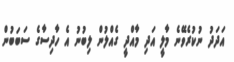
އަދަދު ނުކުރެވޭނެ މާލީ އަދި މާއްދީ ގެއްލުން ލިބުނު އެ ހާދިސާގެ ސަބަބުން